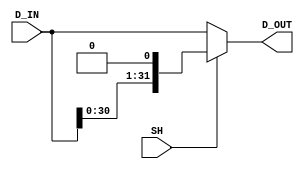
`timescale 1 ns/1 ns

module Shl_1(SH, D_IN, D_OUT);
	input  SH;
	input  [31:0] D_IN;
	output [31:0] D_OUT;
	reg    [31:0] D_OUT;

	// CombLogic
	always @(SH, D_IN) begin
		if(SH == 1'b1)
			D_OUT <= {D_IN[30:0], 1'b0};
		else
			D_OUT <= D_IN;
	end
endmodule